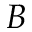
B